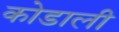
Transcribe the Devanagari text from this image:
कोडाली